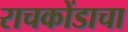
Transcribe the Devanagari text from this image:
राचकोंडाचा